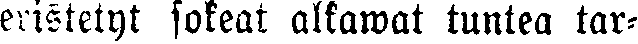
eristetyt sokeat alkawat tuntea tar-